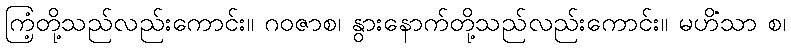
ကြံ့တို့သည်လည်းကောင်း။ ဂဝဇာစ၊ နွားနောက်တို့သည်လည်းကောင်း။ မဟိံသာ စ၊